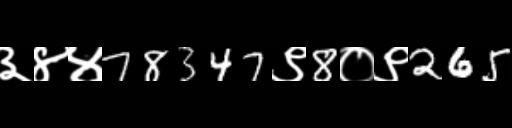
Text: ३४४78347९8०९265